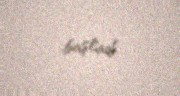
başladı.